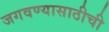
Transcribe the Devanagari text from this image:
जगवण्यासाठीची